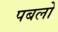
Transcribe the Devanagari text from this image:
पबलो